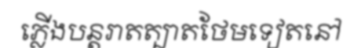
ភ្លើងបន្តរាតត្បាតថែមទៀតនៅ